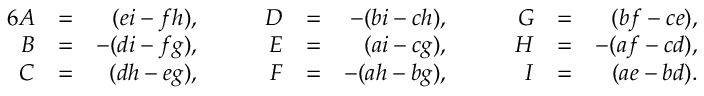
{ \begin{array} { r l r l r l r l r l r } { { 6 } A } & { = } & { ( e i - f h ) , } & { \quad } & { D } & { = } & { - ( b i - c h ) , } & { \quad } & { G } & { = } & { ( b f - c e ) , } \\ { B } & { = } & { - ( d i - f g ) , } & { \quad } & { E } & { = } & { ( a i - c g ) , } & { \quad } & { H } & { = } & { - ( a f - c d ) , } \\ { C } & { = } & { ( d h - e g ) , } & { \quad } & { F } & { = } & { - ( a h - b g ) , } & { \quad } & { I } & { = } & { ( a e - b d ) . } \end{array} }